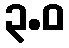
၃.ဝ